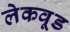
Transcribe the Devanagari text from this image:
लेकवूड